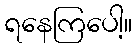
ရနေကြပေါ့။